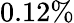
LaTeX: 0.12\%